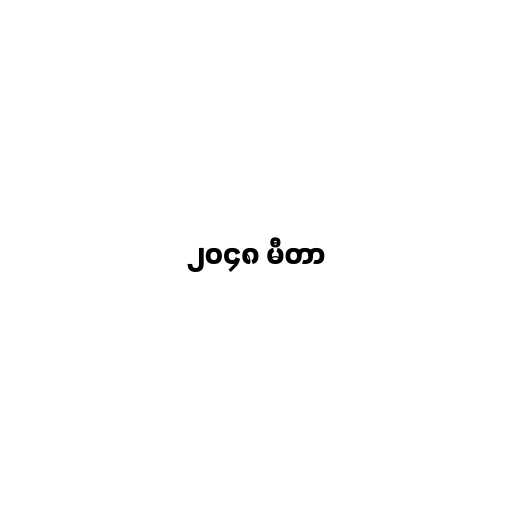
၂၀၄၈ မီတာ